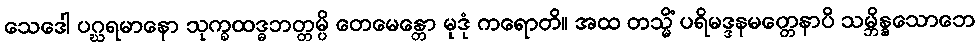
သေဒေါ ပဂ္ဃရမာနော သုက္ခထဒ္ဓဘတ္တမ္ပိ တေမေန္တော မုဒုံ ကရောတိ။ အထ တသ္မိံ ပရိမဒ္ဒနမတ္တေနာပိ သမ္ဘိန္နသောဘေ